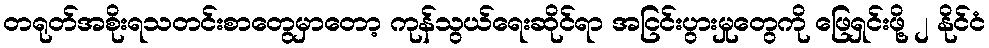
တရုတ်အစိုးရသတင်းစာတွေမှာတော့ ကုန်သွယ်ရေးဆိုင်ရာ အငြင်းပွားမှုတွေကို ဖြေရှင်းဖို့ ၂ နိုင်ငံ